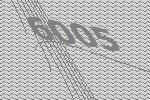
6005